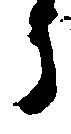
う